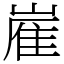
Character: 嵟